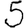
Digit: 5